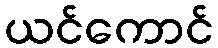
ယင်ကောင်